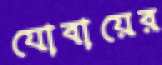
যোবায়ের